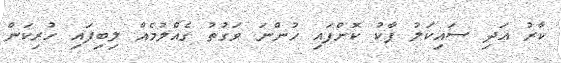
ކާރު އަދި ސައިކަލު ޕާކު ކޮށްފައި ހުންނަ ވަގުތު ގެއްލުމެއް ލިބިފައި ހުރިކަން